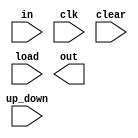
module Counter( in, clk, clear, load, up_down, out);

// Port Declaration

input   [7:0] in;		//to 8 bits
input   clk, clear, load, up_down;

output  [7:0] out;

reg     [7:0] count;

always @ (posedge clk)
begin
    if (!clear)					//should start again from zero
        counter = 8'b00;		//8 bits in binary
    else if (load)				//load input to the counter
        cnt = d;
    else if (up_down)			//if it says to do up counter
        cnt = cnt + 1;
    else						//if it says to do down
        cnt = cnt - 1;
end 

assign out = count;

endmodule